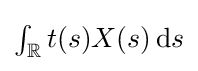
{\textstyle \int _{\mathbb {R} }t(s)X(s)\,\mathrm {d} s}